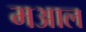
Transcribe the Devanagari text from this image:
मआल